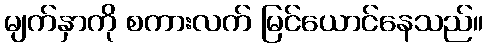
မျက်နှာကို စကားလက် မြင်ယောင်နေသည်။